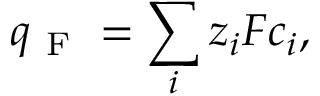
q _ { \mathrm { ~ F ~ } } = \sum _ { i } z _ { i } F c _ { i } ,